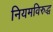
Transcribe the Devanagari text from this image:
नियमविरुद्ध